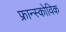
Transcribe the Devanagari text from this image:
फ्रान्स्कोविक